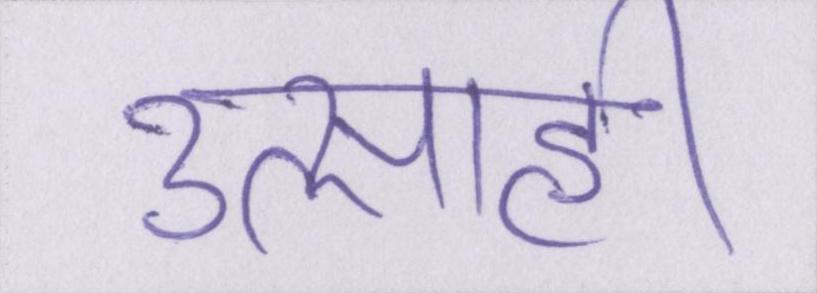
उत्साही